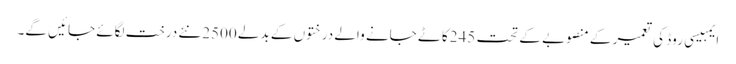
ایمبیسی روڈ کی تعمیر کے منصوبے کے تحت 245کاٹے جانے والے درختوں کے بدلے 2500نئے درخت لگائے جائیں گے۔